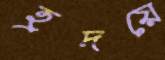
হ্রদয়ে